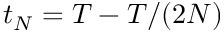
{ t _ { N } = T - T / ( 2 N ) }